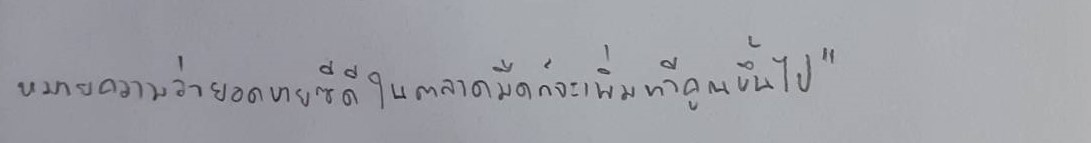
หมายความว่ายอดขายซีดีในตลาดมืดก็จะเพิ่มทวีคูณขึ้นไป"